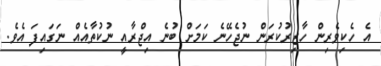
އެ ހެކިވެރިން ހާޒިރުކުރަން ނުޖެހޭނެ ކަމަށް ބުނެ އިޖްރާއީ ނުކުތާއެއް ނަގައިފަ އެވެ.